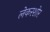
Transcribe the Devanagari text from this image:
लेकरशोर